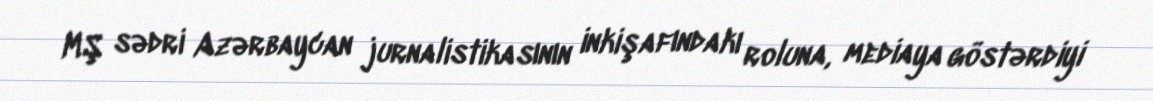
MŞ sədri Azərbaycan jurnalistikasının inkişafındakı roluna, mediaya göstərdiyi